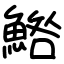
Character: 鯦